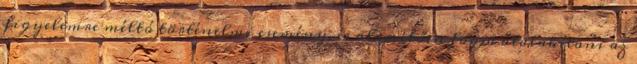
figyelemre méltó történelmi esemény, és alapvetően fogja átalakítani az